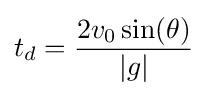
t_{d}={\frac {2v_{0}\sin(\theta )}{|g|}}